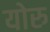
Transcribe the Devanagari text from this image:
योरु